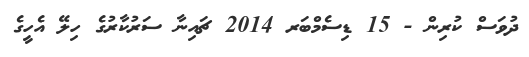
ދުވަސް ކުރިން - 15 ޑިސެމްބަރ 2014 ޗައިނާ ސަރުކާރުގެ ހިލޭ އެހީގެ